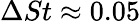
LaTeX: \Delta St\approx 0.05